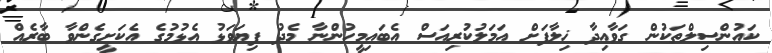
ކައުންސިލްތަކުން ގަވާއިދާ ޚިލާފަށް އަމަލުކުރިއަސް އެބައިމީހުންނާ މެދު ފިޔަވަޅު އެޅުމުގެ އެކަށީގެންވާ ބާރެއް